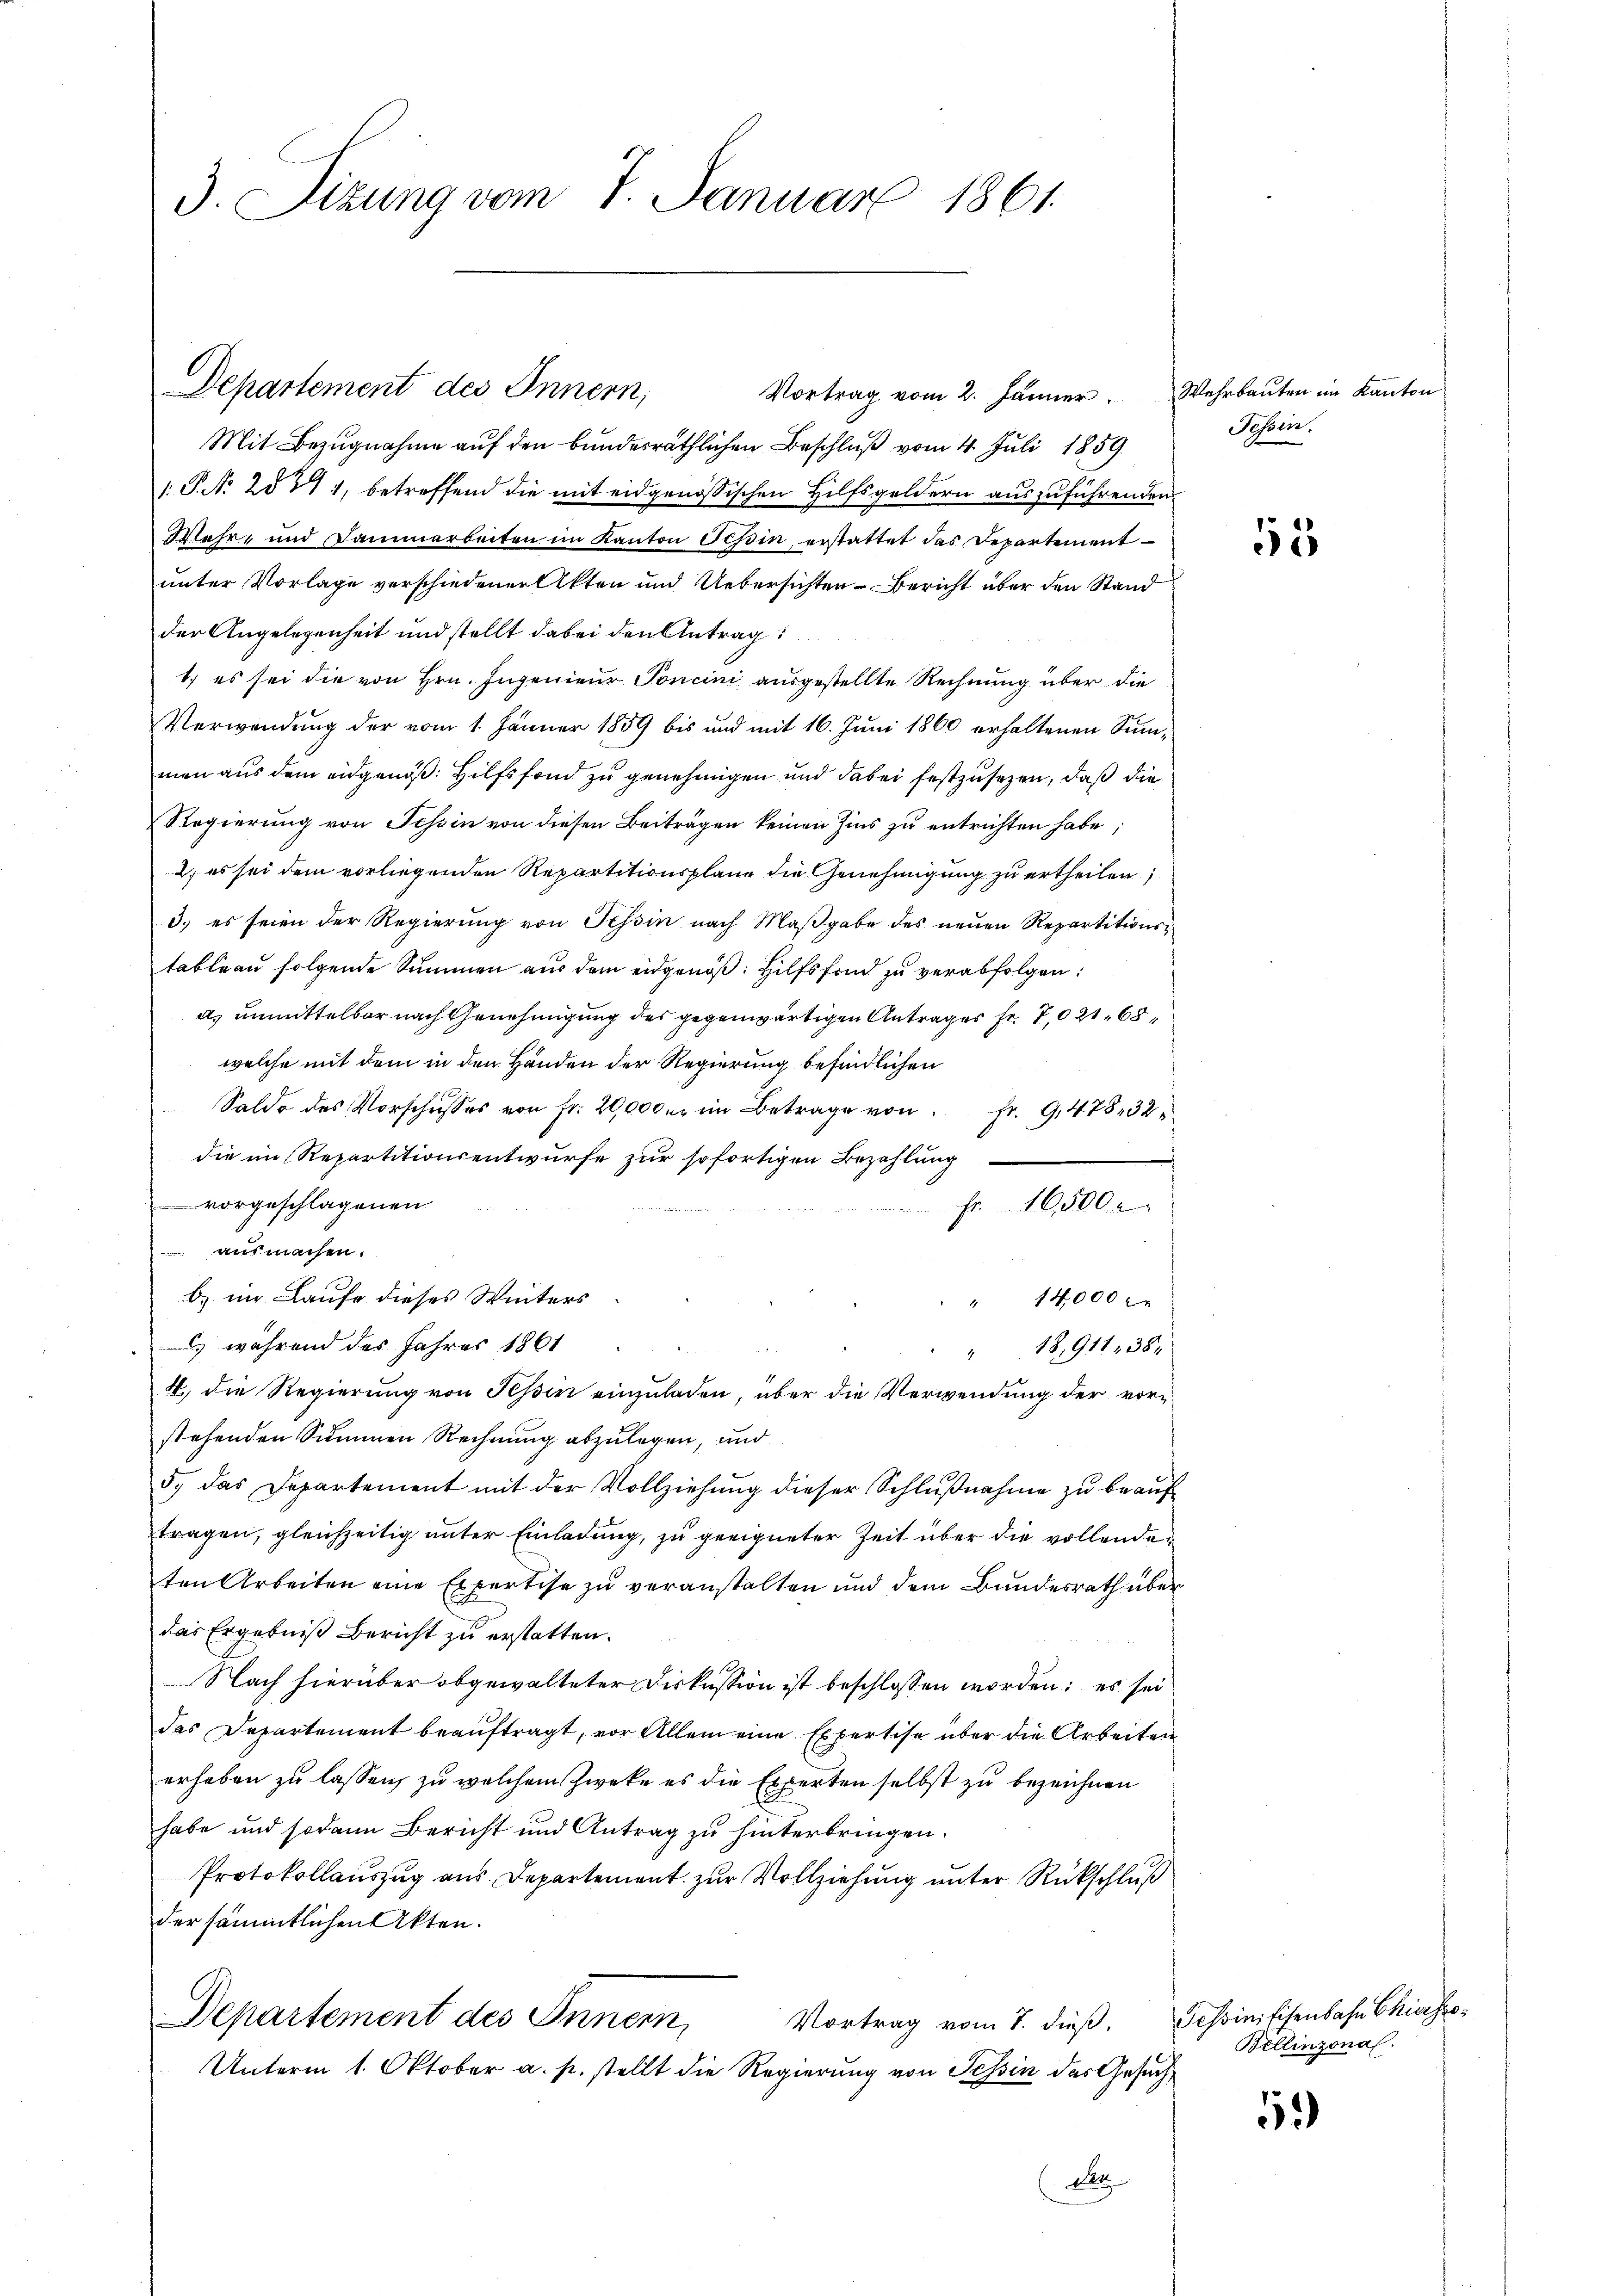
3. Sizung vom 7. Januar 1861.

Departement des Innern,

Mit Bezugnahme auf den bundesräthlichen Beschluß vom 4. Juli 1859
 P. N. 287 1, betreffend die mit eidgenössischen Hilfsgeldern auszuführenden
Mehr- und Dammarbeiten im Kanton Tessin, erstattet das Departement
unter Vorlage verschiedener Akten und Uebersichten Bericht über den Stand
der Angelegenheit und stellt dabei den Antrag
1) es sei die von Hrn. Ingenieur Toncini ausgestellte Rechnung über die
Verwendung der vom 1. Jänner 1859 bis und mit 16. Jŭni 1860 erhaltenen Summen aus dem eidgenöß: Hilfsfond zu genehmigen und dabei festzusetzen, daß die
Regierung von Tessin von diesen Beiträgen keinen Zins zu entrichten habe;
2) es sei dem vorliegenden Repartitionsplane die Genehmigung zu ertheilen,
3.) es seien der Regierung von Tessin nach Maβgabe des neuen Repartitionstableau folgende Summen aus dem eidgenöß: Hilfs sind zu verabfolgen:
a) unmittelbar nach Genehmigung des gegenwärtigen Antrages Fr. 7,021. 68
welche mit dem in den Händen der Regierung befindlichen
Saldo des Vorschusses von fr. 20,000 er im Betrage von Fr. 947832
die im Repartitionsentwurfe zur sofortigen Bezahlung
vorgeschlagenen
Fr. 16500
ausmachen.
b) im Laufe dieses Winters
" 14,000
) während des Jahres 1861
18,911, 384
4
4. die Regierung von Tessin einzuladen, über die Verwendung der vorstehenden Summen Rechnung abzulegen, und
5. das Departement mit der Vollziehŭng dieser Schlŭβnahme zŭ beaŭf
tragen, gleichzeitig unter Einladung, zu geeigneter Zeit über die vollende
ten Arbeiten eine Expertise zu veranstalten und dem Bundesrath über
das Ergebniß bericht zu erstatten.
Nach hierüber obgewalteter Diskussion ist beschlossen worden; es sei
das Departement beauftragt, vor Allem eine Expertise über die Arbeiten
erheben zu lassen, zu welchem Zweke es die Experten selbst zu bezeichnen
habe und sodann Bericht und Antrag zu hinterbringen.
Protokollauszug aus Departement zur Vollziehung unter Rückschluß
der sämmtlichen Akten.
Departement des Innern,
Vortrag vom 7. dieß,
Unterm 1. Oktober a. p. stellt die Regierung von Tessin das Gesuch¬
A

Vortrag vom 2. Jänner. Wehrbaŭten im Kanton

Fessen.

55

Tessin, Eisenbahn Chiesse
Bellinzonal.

59)